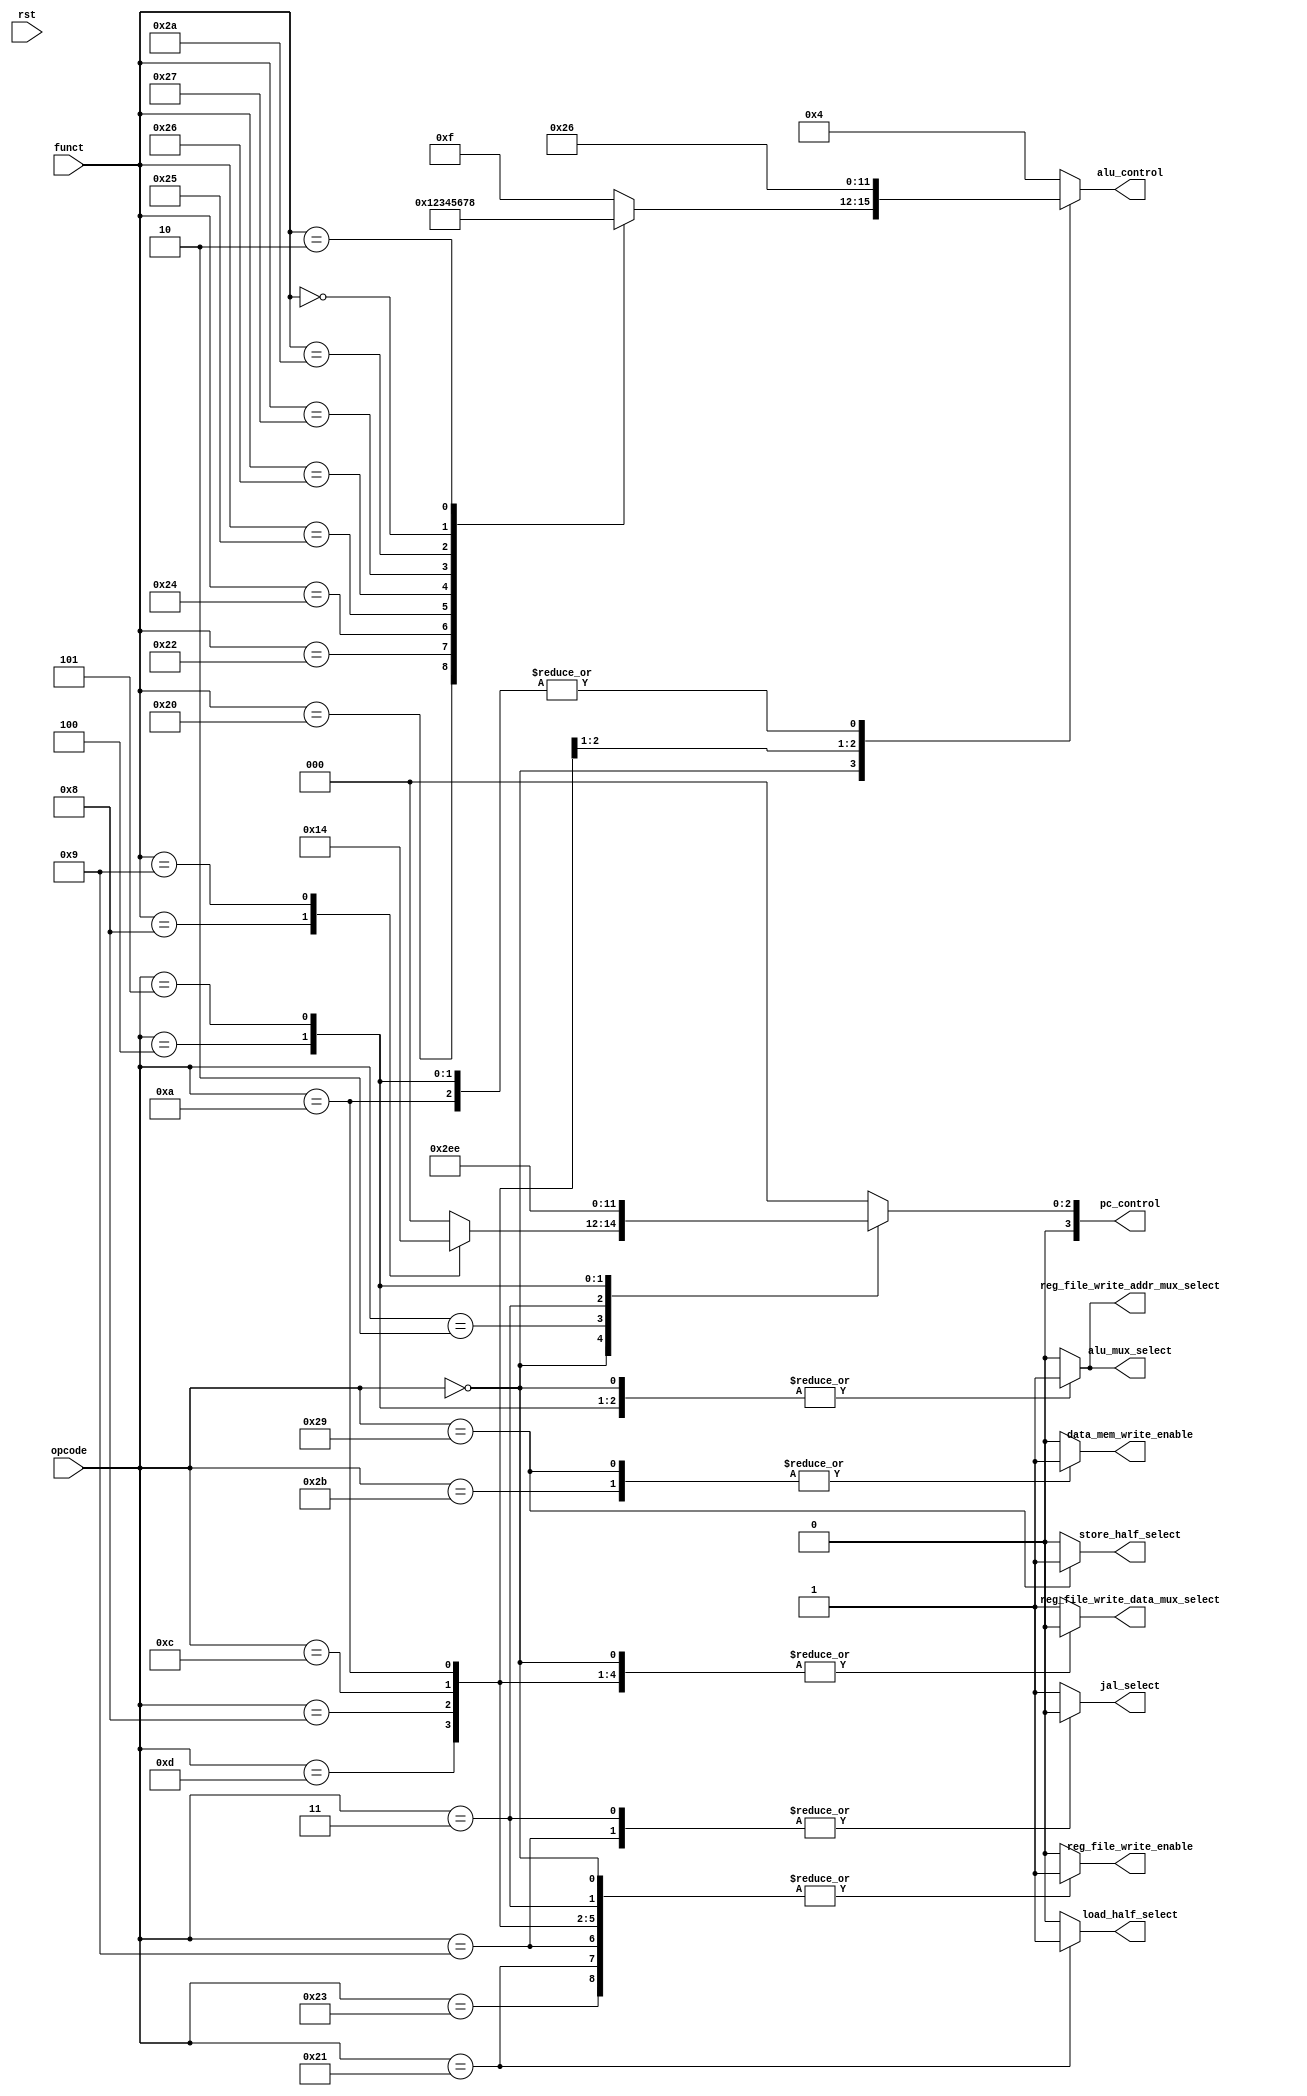
// Controller

module Controller (	opcode,
			funct,
			rst,
			data_mem_write_enable,
			reg_file_write_enable,
			store_half_select,
			load_half_select,
			jal_select,
			reg_file_write_addr_mux_select,
			reg_file_write_data_mux_select,
			alu_mux_select,
			alu_control,
			pc_control
			);

	input        [5:0] opcode;
    	input        [5:0] funct;

	input		   rst;
	
	output reg	   data_mem_write_enable;
	output reg         reg_file_write_enable;
	output reg	   store_half_select;
	output reg         load_half_select;
	output reg         jal_select;
	output reg         reg_file_write_addr_mux_select;
	output reg         reg_file_write_data_mux_select;
	output reg         alu_mux_select;
	output reg   [3:0] alu_control;
	output reg   [3:0] pc_control;
	
	
	//Instruction Types
	localparam R_TYPE                          = 6'b000000;
	localparam J_TYPE                          = 6'b00001x;

	//Arithmetics
	localparam C_ADD                           = 6'b100000;
	localparam C_SUBTRACT                      = 6'b100010;
	localparam C_ADD_IMMEDIATE                 = 6'b001000;

	//Logical
	localparam C_AND                           = 6'b100100;
	localparam C_AND_IMMEDIATE                 = 6'b001100;
	localparam C_OR                            = 6'b100101;
	localparam C_OR_IMMEDIATE                  = 6'b001101;
	localparam C_XOR                           = 6'b100110;
	localparam C_NOR                           = 6'b100111;
	localparam C_SET_ON_LESS_THAN              = 6'b101010;
	localparam C_SET_ON_LESS_THAN_IMMEDIATE    = 6'b001010;
	
	//Data Transfer
	localparam C_LOAD_WORD                     = 6'b100011;
	localparam C_LOAD_HALFWORD                 = 6'b100001;
	localparam C_STORE_WORD                    = 6'b101011;
	localparam C_STORE_HALFWORD                = 6'b101001;

	//Shift
	localparam C_SHIFT_LEFT_LOGICAL            = 6'b000000;
	localparam C_SHIFT_RIGHT_LOGICAL           = 6'b000010;

	//Conditional Branch
	localparam C_BRANCH_ON_EQUAL               = 6'b000100;
	localparam C_BRANCH_ON_NOT_EQUAL           = 6'b000101;

	//Unconditional Jumps
	localparam C_JUMP                          = 6'b000010;
	localparam C_JUMP_REGISTER                 = 6'b001000;
	localparam C_JUMP_AND_LINK                 = 6'b000011;
	localparam C_JUMP_AND_LINK_REGISTER        = 6'b001001;

	always@(*)
	begin
		//Data Memory Write Enable
		case(opcode)
				C_STORE_WORD			: data_mem_write_enable = 1'b1;
				C_STORE_HALFWORD		: data_mem_write_enable = 1'b1;
			default          			: data_mem_write_enable = 1'b0;
		endcase
			
		//Reg File Write Enable
		case(opcode)
				R_TYPE				: reg_file_write_enable = 1'b1;
				C_AND_IMMEDIATE			: reg_file_write_enable = 1'b1;
				C_OR_IMMEDIATE			: reg_file_write_enable = 1'b1;
				C_ADD_IMMEDIATE			: reg_file_write_enable = 1'b1;
				C_SET_ON_LESS_THAN_IMMEDIATE	: reg_file_write_enable = 1'b1;
				C_LOAD_WORD			: reg_file_write_enable = 1'b1;
				C_LOAD_HALFWORD			: reg_file_write_enable = 1'b1;
				C_JUMP_AND_LINK			: reg_file_write_enable = 1'b1;
				C_JUMP_AND_LINK_REGISTER	: reg_file_write_enable = 1'b1;
			
			default          			: reg_file_write_enable = 1'b0;
		endcase


		//mux_2to1 load & load half select
		case(opcode)
			C_LOAD_WORD				: load_half_select = 1'b0;
			C_LOAD_HALFWORD          		: load_half_select = 1'b1;
			default					: load_half_select = 1'b0;
		endcase		

		//mux_2to1 store & store half select
		case(opcode)
			C_STORE_WORD				: store_half_select = 1'b0;
			C_STORE_HALFWORD          		: store_half_select = 1'b1;
			default					: store_half_select = 1'b0;
		endcase		


		//jal_select
		case(opcode)
				C_JUMP_AND_LINK			: jal_select = 1'b0;
				C_JUMP_AND_LINK_REGISTER	: jal_select = 1'b0;
			default          			: jal_select = 1'b1;
		endcase	

		//mux_2to1_mem
		case(opcode)
				R_TYPE				: reg_file_write_data_mux_select = 1'b0;
				C_AND_IMMEDIATE			: reg_file_write_data_mux_select = 1'b0;
				C_OR_IMMEDIATE			: reg_file_write_data_mux_select = 1'b0;
				C_ADD_IMMEDIATE			: reg_file_write_data_mux_select = 1'b0;
				C_SET_ON_LESS_THAN_IMMEDIATE	: reg_file_write_data_mux_select = 1'b0;
			default          			: reg_file_write_data_mux_select = 1'b1;
		endcase			

		//mux_2to1 Rt & Rd
		case(opcode)
				R_TYPE				: reg_file_write_addr_mux_select = 1'b1;
				C_BRANCH_ON_EQUAL		: reg_file_write_addr_mux_select = 1'b1;
				C_BRANCH_ON_NOT_EQUAL		: reg_file_write_addr_mux_select = 1'b1;
			default          			: reg_file_write_addr_mux_select = 1'b0;
		endcase		

		//ALU Multiplexer
		case(opcode)
				R_TYPE				: alu_mux_select = 1'b1;
				C_BRANCH_ON_EQUAL		: alu_mux_select = 1'b1;
				C_BRANCH_ON_NOT_EQUAL		: alu_mux_select = 1'b1;
			default          			: alu_mux_select = 1'b0;
		endcase

		//ALU Control
		case(opcode)
			R_TYPE	:
				case(funct)
					C_ADD	             	: alu_control = 4'b0000;	
					C_SUBTRACT		: alu_control = 4'b0001;
					C_AND			: alu_control = 4'b0010;
					C_OR			: alu_control = 4'b0011;
					C_XOR			: alu_control = 4'b0100;
					C_NOR			: alu_control = 4'b0101;
					C_SET_ON_LESS_THAN    	: alu_control = 4'b0110;
					C_SHIFT_LEFT_LOGICAL	: alu_control = 4'b0111;
					C_SHIFT_RIGHT_LOGICAL	: alu_control = 4'b1000;	
					default          	: alu_control = 4'b1111;
				endcase

			C_ADD_IMMEDIATE				: alu_control = 4'b0000;	
			C_AND_IMMEDIATE				: alu_control = 4'b0010;	
			C_SET_ON_LESS_THAN_IMMEDIATE		: alu_control = 4'b0110;	


	
			//BRANCH
			C_BRANCH_ON_EQUAL			: alu_control = 4'b0110;  //SUBTRACT 
			C_BRANCH_ON_NOT_EQUAL			: alu_control = 4'b0110;  //SUBTRACT 

			default					: alu_control = 4'b0100;  //ADD 
		endcase

		//Program Counter Control
		case(opcode)
			R_TYPE					:
				case(funct)
					C_JUMP_REGISTER			: pc_control = 4'b0010;
					C_JUMP_AND_LINK_REGISTER	: pc_control = 4'b0100;
					default				: pc_control = 4'b0000;
				endcase
			C_JUMP					: pc_control = 4'b0001;
			C_JUMP_AND_LINK				: pc_control = 4'b0011;
			C_BRANCH_ON_EQUAL			: pc_control = 4'b0101;
			C_BRANCH_ON_NOT_EQUAL			: pc_control = 4'b0110;
			default					: pc_control = 4'b0000;
		endcase
	end



endmodule